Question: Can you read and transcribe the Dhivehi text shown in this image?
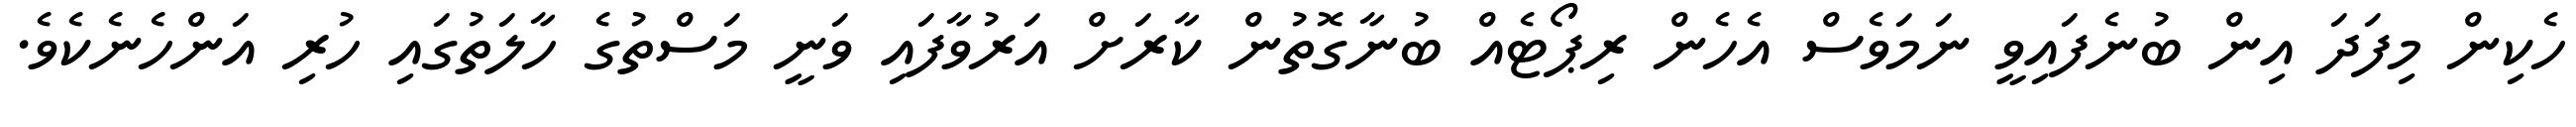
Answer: ހެކިން މިފަދަ އިން ބުނެފައިވީ ނަމަވެސް އެހެން ރިޕޯޓެއް ބުނާގޮތުން ކާރަށް އަރުވާފައި ވަނީ މަސްތުގެ ހާލަތުގައި ހުރި އަންހެނެކެވެ.